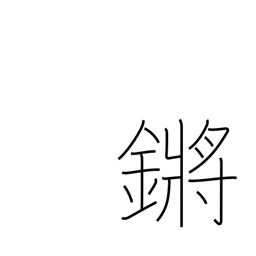
Meaning: tinkling of jade or metal pendants